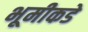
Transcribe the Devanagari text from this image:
भूमीकडे